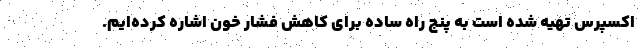
اکسپرس تهیه شده است به پنج راه ساده برای کاهش فشار خون اشاره کرده‌ایم.